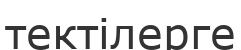
тектілерге